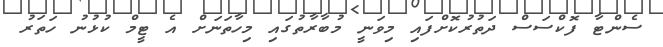
ސެންޓާ ފޮކްސަސް ދަތުރުކޮށްފައި މިވަނީ މުބާރާތުގައި މިހާތަނަށް އެ ޓީމް ކުޅުނު ހަތަރު